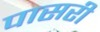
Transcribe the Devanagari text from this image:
पासरी